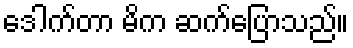
ဒေါက်တာ မိက ဆက်ပြောသည်။